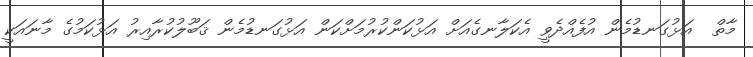
މާތް  އަޅުގަނޑުމެން އުފެއްދެވީ އެކަލާނގެއަށް އަޅުކަންކުރުމަށްކަން އަޅުގަނޑުމެން ޤަބޫލުކުރާއިރު އަޅުކަމުގެ މާނައަކީ